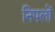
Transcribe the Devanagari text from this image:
निपलों